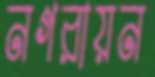
নগরায়ন